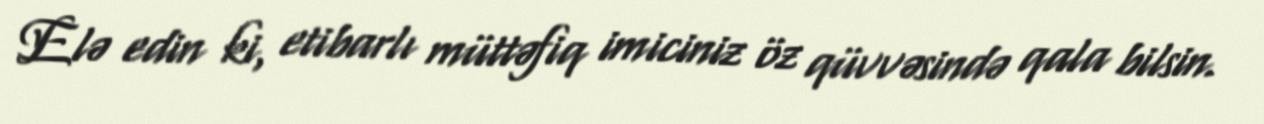
Elə edin ki, etibarlı müttəfiq imiciniz öz qüvvəsində qala bilsin.